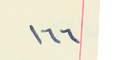
١٦٦